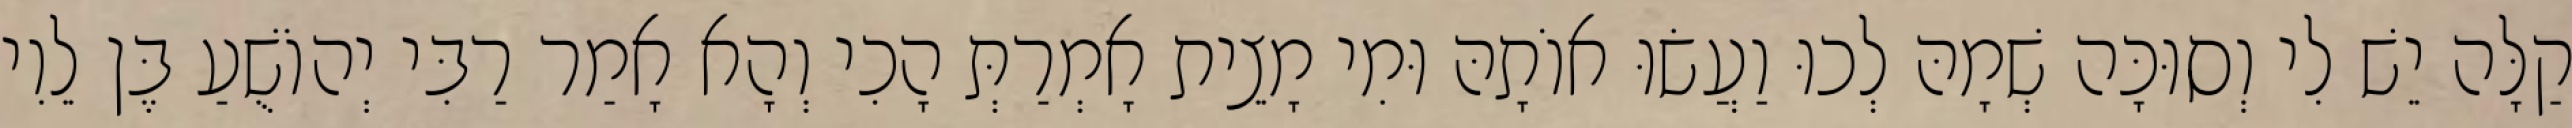
קַלָּה יֵשׁ לִי וְסוּכָּה שְׁמָהּ לְכוּ וַעֲשׂוּ אוֹתָהּ וּמִי מָצֵית אָמְרַתְּ הָכִי וְהָא אָמַר רַבִּי יְהוֹשֻׁעַ בֶּן לֵוִי